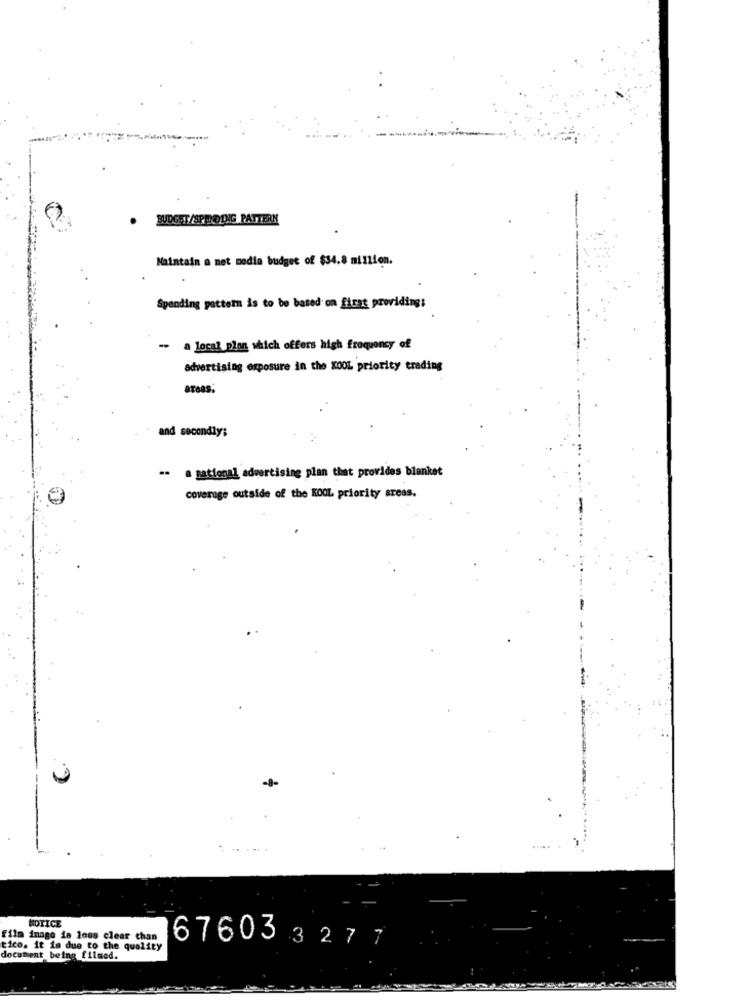
BUDGET/SPENDING PATTERN
Maintain a net media budget of $34.8 million.
Spending pattern is to be based on firat providing:
a local plon which offers high frequency of
advertising exposure in the X001 priority trading
areas:
and secondly;
-- a national advertising plan that provides blanket
coverage outside of the KOOL priority areas.
NOTICE
film inage is loss clear chan
tico. it is due to the quality
676033277
document being_filmed.